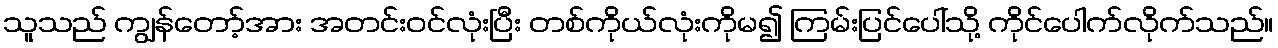
သူသည် ကျွန်တော့်အား အတင်းဝင်လုံးပြီး တစ်ကိုယ်လုံးကိုမ၍ ကြမ်းပြင်ပေါ်သို့ ကိုင်ပေါက်လိုက်သည်။